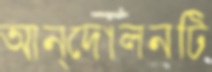
আন্দোলনটি